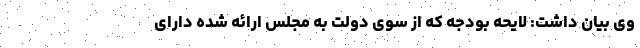
وی بیان داشت: لایحه بودجه که از سوی دولت به مجلس ارائه شده دارای